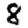
Digit: 8